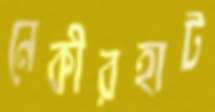
নেকীরহাট